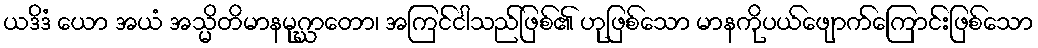
ယဒိဒံ ယော အယံ အသ္မိတိမာနမုဂ္ဃာတော၊ အကြင်ငါသည်ဖြစ်၏ ဟုဖြစ်သော မာနကိုပယ်ဖျောက်ကြောင်းဖြစ်သော